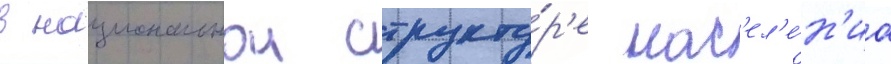
в национальнои структу́р'е нас'ел'е́н'иа